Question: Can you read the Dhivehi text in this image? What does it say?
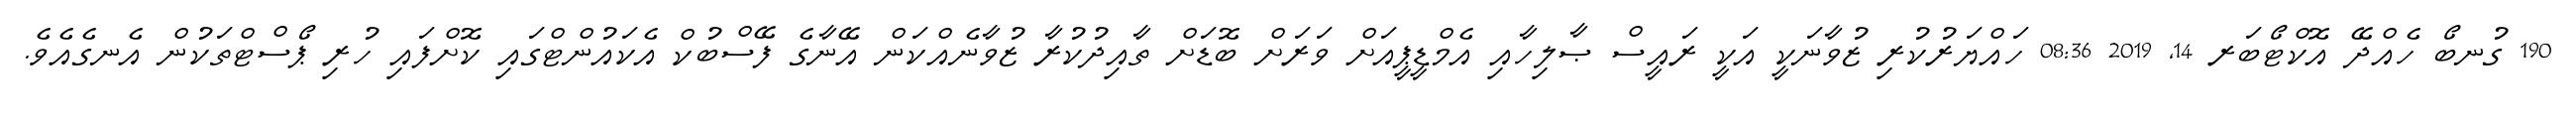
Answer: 190 ގުނބޯ ހެއްދޭ އޮކްޓޯބަރ 14, 2019 08:36 ހައްޔަރުކުރި ޒުވާނަކީ އަކީ ރައީސް ޞާލިހާއި އެމްޑީޕީއަށް ވަރަށް ބޮޑަށް ތާއިދުކުރާ ޒުވާނެއްކަން އޭނާގެ ފޭސްބުކް އެކައުންޓްގައި ކޮށްފައި ހުރި ޕޯސްޓްތަކުން އެނގެއެވެ.